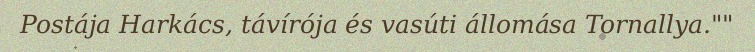
Postája Harkács, távírója és vasúti állomása Tornallya.""